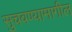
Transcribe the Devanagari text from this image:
सुचवण्यामागील